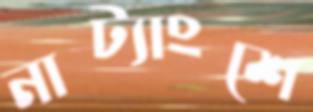
নাট্যাংশে